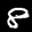
Label: 8